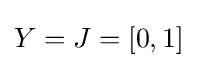
Y=J=[0,1]